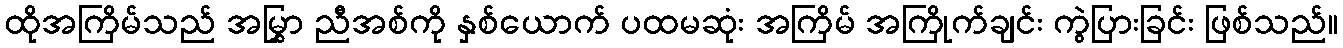
ထိုအကြိမ်သည် အမြွှာ ညီအစ်ကို နှစ်ယောက် ပထမဆုံး အကြိမ် အကြိုက်ချင်း ကွဲပြားခြင်း ဖြစ်သည်။